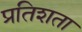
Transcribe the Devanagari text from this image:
प्रतिशता